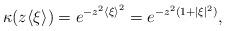
LaTeX: \begin{align*}\kappa(z\langle\xi\rangle)=e^{-z^2{\langle\xi\rangle}^2}=e^{-z^2(1+|\xi|^2)},\end{align*}